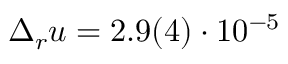
\Delta _ { r } u = 2 . 9 ( 4 ) \cdot 1 0 ^ { - 5 }